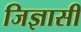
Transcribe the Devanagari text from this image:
जिज्ञासी